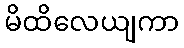
မိထိလေယျကာ